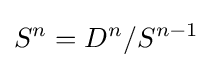
S^{n}=D^{n}/S^{n-1}